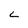
Character: C